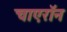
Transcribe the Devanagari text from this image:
चाएरॉन